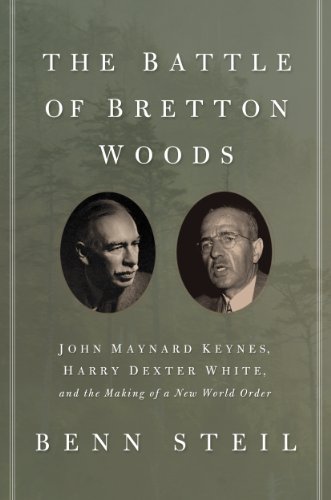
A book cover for The Battle of Bretton Woods: John Maynard Keynes, Harry Dexter White, and the Making of a New World Order (Council on Foreign Relations Books (Princeton University Press)); Benn Steil; Business & Money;